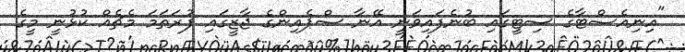
"އިނިއެސްޓާގެ ސިޓީގައި ބުނެފައިވަނީ އޭނާ ސްޕެއިންގެ ޖާޒީގައި ފުރަތަމަ މެޗެއް ކުޅުނީ މީގެ